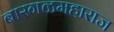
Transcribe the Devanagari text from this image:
बारगळमहाराज